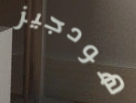
هودجيز